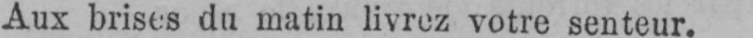
Aux brises du matin livrez votre senteur.